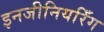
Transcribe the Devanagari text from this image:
इनजीनियरिँग